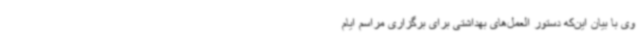
وی با بیان این‌که دستور العمل‌های بهداشتی برای برگزاری مراسم ایام